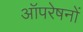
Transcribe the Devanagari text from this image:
आॅपरेषनों